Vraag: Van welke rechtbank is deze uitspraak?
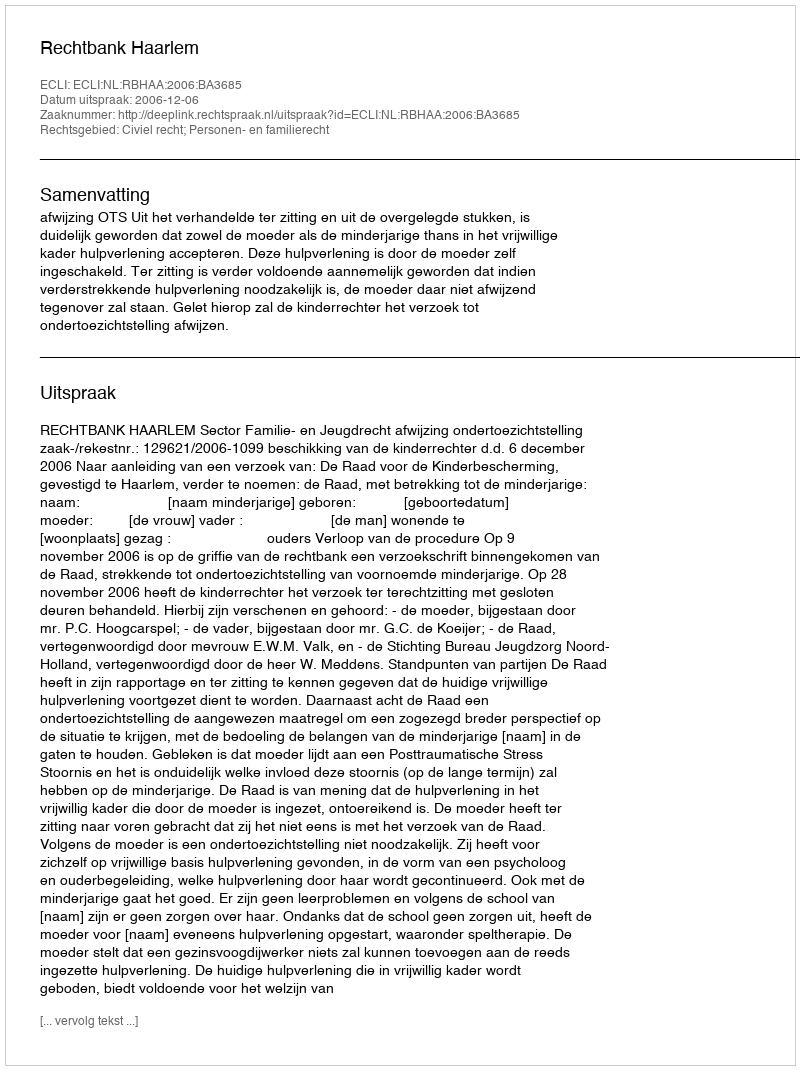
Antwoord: Rechtbank Haarlem